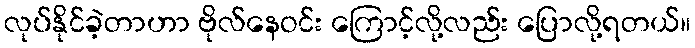
လုပ်နိုင်ခဲ့တာဟာ ဗိုလ်နေဝင်း ကြောင့်လို့လည်း ပြောလို့ရတယ်။